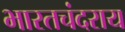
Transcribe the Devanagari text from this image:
भारतचंदराय